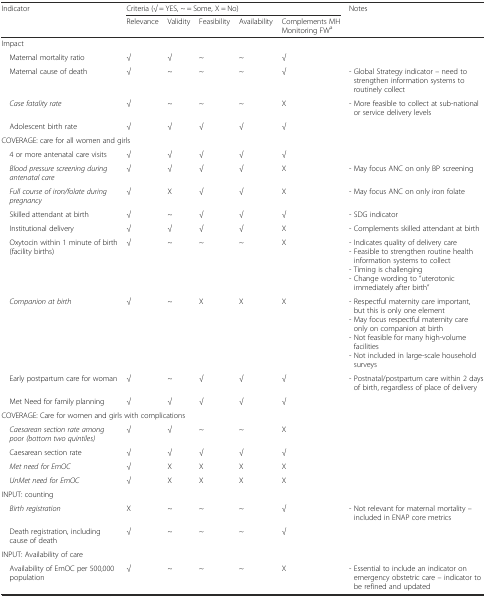
<table><thead><tr><td rowspan="2"><b>Indicator</b></td><td colspan="5"><b>Criteria (√ = YES, ~ = Some, X = No)</b></td><td rowspan="2"><b>Notes</b></td></tr><tr><td><b>Relevance</b></td><td><b>Validity</b></td><td><b>Feasibility</b></td><td><b>Availability</b></td><td><b>Complements MH Monitoring FW<sup>a</sup></b></td></tr></thead><tbody><tr><td colspan="7">Impact</td></tr><tr><td> Maternal mortality ratio</td><td>√</td><td>√</td><td>~</td><td>~</td><td>√</td><td></td></tr><tr><td> Maternal cause of death</td><td>√</td><td>~</td><td>~</td><td>~</td><td>√</td><td>- Global Strategy indicator – need to strengthen information systems to routinely collect</td></tr><tr><td> <i>Case fatality rate</i></td><td>√</td><td>~</td><td>~</td><td>~</td><td>X</td><td>- More feasible to collect at sub-national or service delivery levels</td></tr><tr><td> Adolescent birth rate</td><td>√</td><td>√</td><td>√</td><td>√</td><td>√</td><td></td></tr><tr><td colspan="7">COVERAGE: care for all women and girls</td></tr><tr><td> 4 or more antenatal care visits</td><td>√</td><td>√</td><td>√</td><td>√</td><td>√</td><td></td></tr><tr><td><i> Blood pressure screening during antenatal care</i></td><td>√</td><td>√</td><td>√</td><td>√</td><td>X</td><td>- May focus ANC on only BP screening</td></tr><tr><td><i> Full course of iron/folate during pregnancy</i></td><td>√</td><td>X</td><td>√</td><td>√</td><td>X</td><td>- May focus ANC on only iron folate</td></tr><tr><td> Skilled attendant at birth</td><td>√</td><td>~</td><td>√</td><td>√</td><td>√</td><td>- SDG indicator</td></tr><tr><td> Institutional delivery</td><td>√</td><td>√</td><td>√</td><td>√</td><td>X</td><td>- Complements skilled attendant at birth</td></tr><tr><td> Oxytocin within 1 minute of birth (facility births)</td><td>√</td><td>~</td><td>~</td><td>~</td><td>X</td><td>- Indicates quality of delivery care- Feasible to strengthen routine health information systems to collect- Timing is challenging- Change wording to “uterotonic immediately after birth”</td></tr><tr><td><i> Companion at birth</i></td><td>√</td><td>~</td><td>X</td><td>X</td><td>X</td><td>- Respectful maternity care important, but this is only one element- May focus respectful maternity care only on companion at birth- Not feasible for many high-volume facilities- Not included in large-scale household surveys</td></tr><tr><td> Early postpartum care for woman</td><td>√</td><td>~</td><td>√</td><td>√</td><td>√</td><td>- Postnatal/postpartum care within 2 days of birth, regardless of place of delivery</td></tr><tr><td> Met Need for family planning</td><td>√</td><td>√</td><td>√</td><td>√</td><td>√</td><td></td></tr><tr><td colspan="7">COVERAGE: Care for women and girls with complications</td></tr><tr><td><i> Caesarean section rate among poor (bottom two quintiles)</i></td><td>√</td><td>√</td><td>~</td><td>~</td><td>X</td><td></td></tr><tr><td> Caesarean section rate</td><td>√</td><td>√</td><td>√</td><td>√</td><td>√</td><td></td></tr><tr><td><i> Met need for EmOC</i></td><td>√</td><td>X</td><td>X</td><td>X</td><td>X</td><td></td></tr><tr><td><i> UnMet need for EmOC</i></td><td>√</td><td>X</td><td>X</td><td>X</td><td>X</td><td></td></tr><tr><td colspan="7">INPUT: counting</td></tr><tr><td><i> Birth registration</i></td><td>X</td><td>~</td><td>~</td><td>~</td><td>√</td><td>- Not relevant for maternal mortality – included in ENAP core metrics</td></tr><tr><td> Death registration, including cause of death</td><td>√</td><td>~</td><td>~</td><td>~</td><td>√</td><td></td></tr><tr><td colspan="7">INPUT: Availability of care</td></tr><tr><td> Availability of EmOC per 500,000 population</td><td>√</td><td>~</td><td>~</td><td>~</td><td>X</td><td>- Essential to include an indicator on emergency obstetric care – indicator to be refined and updated</td></tr></tbody></table>